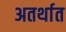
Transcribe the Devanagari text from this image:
अतर्थात